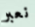
نعبر